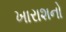
ખારાશનો